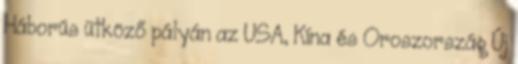
Háborús ütköző pályán az USA, Kína és Oroszország Új